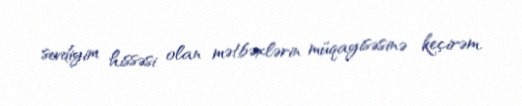
sevdiyim hissəsi olan mətbəxlərin müqayisəsinə keçirəm.